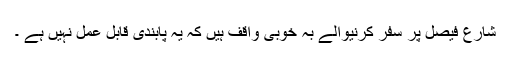
شارع فیصل پر سفر کرنیوالے بہ خوبی واقف ہیں کہ یہ پابندی قابل عمل نہیں ہے ۔